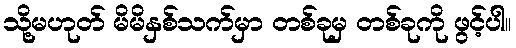
သို့မဟုတ် မိမိနှစ်သက်မှာ တစ်ခုမှ တစ်ခုကို ဖွင့်ပါ။